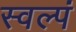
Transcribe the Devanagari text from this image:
स्वल्पं